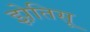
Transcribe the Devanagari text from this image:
झ़ेतिसू